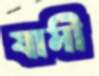
যামী